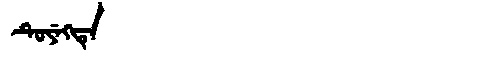
Manchu: ᡨᡠᠶᡝᡴᡨᡝ
Romanization: TUYEKTE